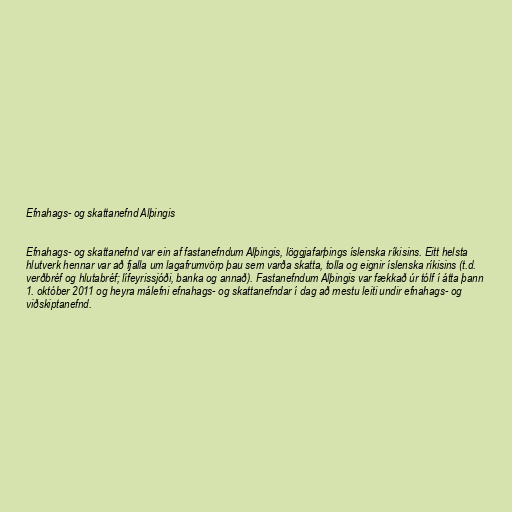
Efnahags- og skattanefnd Alþingis

Efnahags- og skattanefnd var ein af fastanefndum Alþingis, löggjafarþings íslenska ríkisins. Eitt helsta
hlutverk hennar var að fjalla um lagafrumvörp þau sem varða skatta, tolla og eignir íslenska ríkisins (t.d.
verðbréf og hlutabréf; lífeyrissjóði, banka og annað). Fastanefndum Alþingis var fækkað úr tólf í átta þann
1. október 2011 og heyra málefni efnahags- og skattanefndar í dag að mestu leiti undir efnahags- og
viðskiptanefnd.